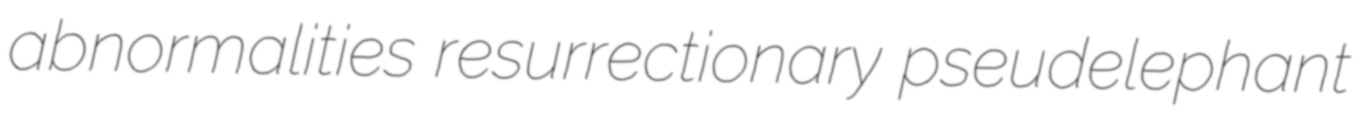
abnormalities resurrectionary pseudelephant